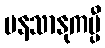
မနသာနုကမ္ပီ